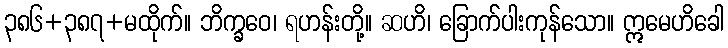
၃၈၆+၃၈၇+မထိုက်။ ဘိက္ခဝေ၊ ရဟန်းတို့။ ဆဟိ၊ ခြောက်ပါးကုန်သော။ ဣမေဟိခေါ